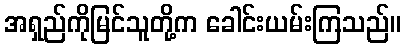
အရှည်ကိုမြင်သူတို့က ခေါင်းယမ်းကြသည်။